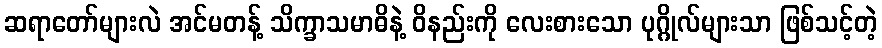
ဆရာတော်များလဲ အင်မတန့် သိက္ခာသမာဓိနဲ့ ဝိနည်းကို လေးစားသော ပုဂ္ဂိုလ်များသာ ဖြစ်သင့်တဲ့